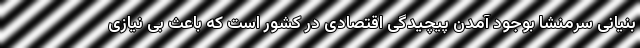
بنیانی سرمنشا بوجود آمدن پیچیدگی اقتصادی در کشور است که باعث بی نیازی